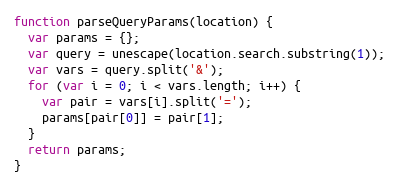
Language: JavaScript
function parseQueryParams(location) {
  var params = {};
  var query = unescape(location.search.substring(1));
  var vars = query.split('&');
  for (var i = 0; i < vars.length; i++) {
    var pair = vars[i].split('=');
    params[pair[0]] = pair[1];
  }
  return params;
}